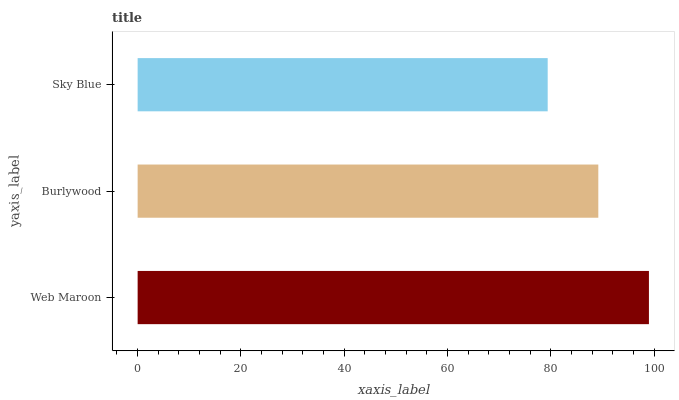
| yaxis_label | bars |
 | --- | --- |
 | Web Maroon | 99 |
 | Burlywood | 89.2 |
 | Sky Blue | 79.4 |